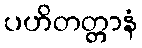
ပဟိတတ္တာနံ